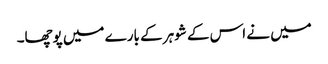
میں نے اس کے شوہر کے بارے میں پوچھا۔